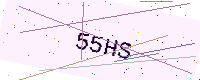
Text: 55HS